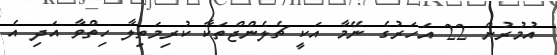
އުމުރުން 22 އަހަރުގެ ނޭމާ އަކީ ޗެލެންޖްތަކާ ކުރިމަތިލާ ހިތްވާ އަދި އެ